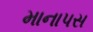
માનાપસ